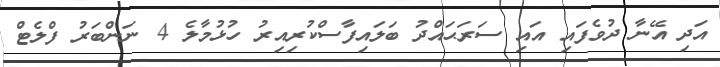
އަދި އޭނާ ދުވެފައި އައި ސަރަޙައްދު ބަލައިފާސްކުރިއިރު ހުޅުމާލެ 4 ނަންބަރު ފްލެޓް